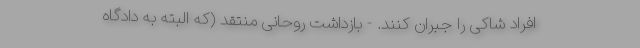
افراد شاکی را جبران کنند. - بازداشت روحانی منتقد (که البته به دادگاه